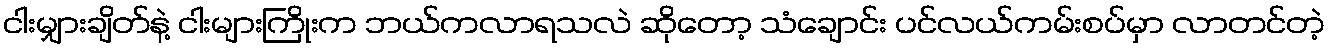
ငါးမျှားချိတ်နဲ့ ငါးများကြိုးက ဘယ်ကလာရသလဲ ဆိုတော့ သံချောင်း ပင်လယ်ကမ်းစပ်မှာ လာတင်တဲ့